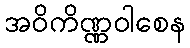
အဝိကိဏ္ဏဝါစေန